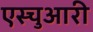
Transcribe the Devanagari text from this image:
एस्चुआरी